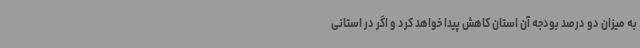
به میزان دو درصد بودجه آن استان کاهش پیدا خواهد کرد و اگر در استانی